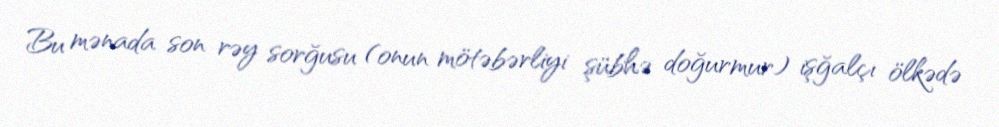
Bu mənada son rəy sorğusu (onun mötəbərliyi şübhə doğurmur) işğalçı ölkədə